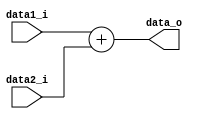
module Adder (
    data1_i, data2_i,
    data_o
);

input   [31:0]  data1_i, data2_i;
output  [31:0]  data_o;

assign  data_o  = data1_i + data2_i;

endmodule

module Adder_Branch (
    data1_i, data2_i,
    data_o
);

input   [31:0]  data1_i, data2_i;
output  [31:0]  data_o;

Adder Adder (
    .data1_i    ( data1_i       ),
    .data2_i    ( data2_i << 1  ),
    .data_o     ()
);

assign  data_o = Adder.data_o;

endmodule